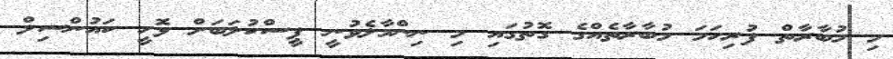
މި މުބާރާތް ފުރިހަމަ މުބާރާތެއްގެ ގޮތުގައި މި ނިންމާލެވުނީ ޕީސްކުލަބަށް ޅޮހީ ކައުންސިލް